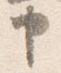
申